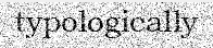
typologically